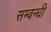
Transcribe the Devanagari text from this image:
सम्‍बन्‍धी